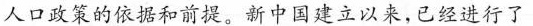
人口政策的依据和前提。新中国建立以来，已经进行了